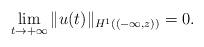
LaTeX: \begin{align*}\lim_{t\to+\infty}\Vert u(t)\Vert_{H^1((-\infty,z))}=0.\end{align*}